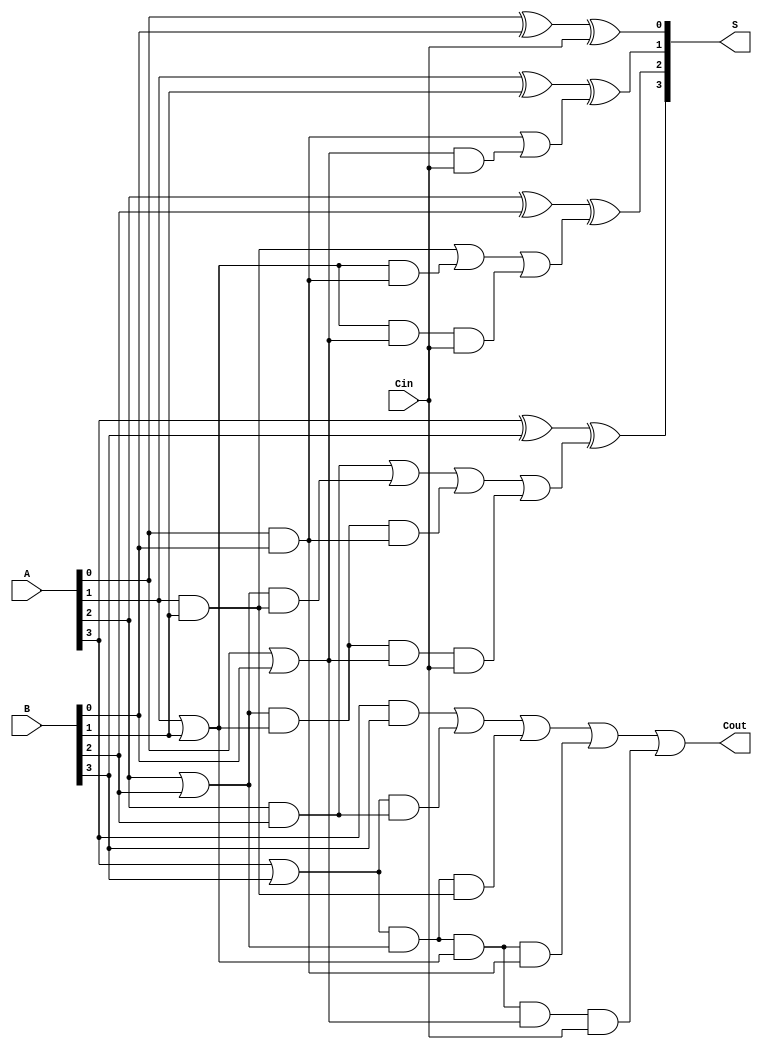
module adder4(A,B,Cin,S,Cout) ;

input [3:0] A,B;
input       Cin;

output[3:0] S;
output      Cout;
wire  [3:0] P,G,C,D;
wire  [5:0] H;

or (P[0], A[0], B[0]);
or (P[1], A[1], B[1]);
or (P[2], A[2], B[2]);
or (P[3], A[3], B[3]);

and (G[0], A[0], B[0]);
and (G[1], A[1], B[1]);
and (G[2], A[2], B[2]);
and (G[3], A[3], B[3]);

xor (S[0], A[0], B[0], Cin);
xor (S[1], A[1], B[1], C[0]);
xor (S[2], A[2], B[2], C[1]);
xor (S[3], A[3], B[3], C[2]);

and (D[0], P[0], Cin);
and (D[1], P[1], P[0], Cin);
and (D[2], P[2], P[1], P[0], Cin);
and (D[3], P[3], P[2], P[1], P[0], Cin);

and (H[0], P[1], G[0]);
and (H[1], P[2], P[1], G[0]);
and (H[2], P[3], P[2], P[1], G[0]);
and (H[3], P[2], G[1]);
and (H[4], P[3], P[2], G[1]);
and (H[5], P[3], G[2]);



or  (C[0], G[0], D[0]);
or  (C[1], G[1], H[0], D[1]);
or  (C[2], G[2], H[3], H[1], D[2]); 
or  (Cout, G[3], H[5], H[4], H[2], D[3]); 

endmodule
    
module adder8(B, A, C0, S, C2);
input[7:0] B, A;
input C0;
output[7:0] S;
output C2;
wire C1;
adder4 B0(B[3:0], A[3:0], C0, S[3:0], C1);
adder4 B1(B[7:4], A[7:4], C1, S[7:4], C2);

endmodule

module addsub8(A,B,add_ctrl,SUM,C_out);
input   [7:0] A,B;
input   add_ctrl;
output  [7:0] SUM;
output  C_out;
wire    [7:0] M;
wire    C;

not (C,add_ctrl);
xor (M[0],C,B[0]);
xor (M[1],C,B[1]);
xor (M[2],C,B[2]);
xor (M[3],C,B[3]);
xor (M[4],C,B[4]);
xor (M[5],C,B[5]);
xor (M[6],C,B[6]);
xor (M[7],C,B[7]);

adder8 S01(A, M, C, SUM, C_out);

endmodule